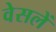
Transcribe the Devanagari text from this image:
वेसलें